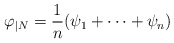
\begin{align*}\varphi_{|N} = \frac{1}{n} (\psi_1 + \cdots + \psi_n) \end{align*}